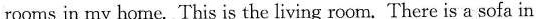
rooms in my home. This is the living room. There is a sofa in